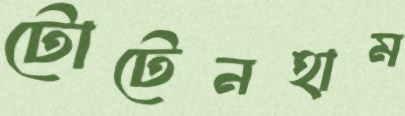
টোটেনহাম